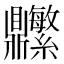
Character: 𬹬